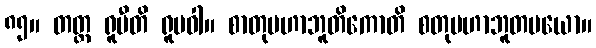
၈၅။ တတ္ထ ရူပီတိ ရူပဝါ။ စာတုမဟာဘူတိကောတိ စတုမဟာဘူတမယော။